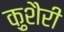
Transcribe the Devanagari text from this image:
क़ुशैरी